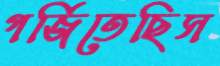
গর্জিতেছিস